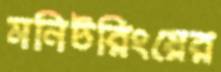
মনিটরিংয়ের